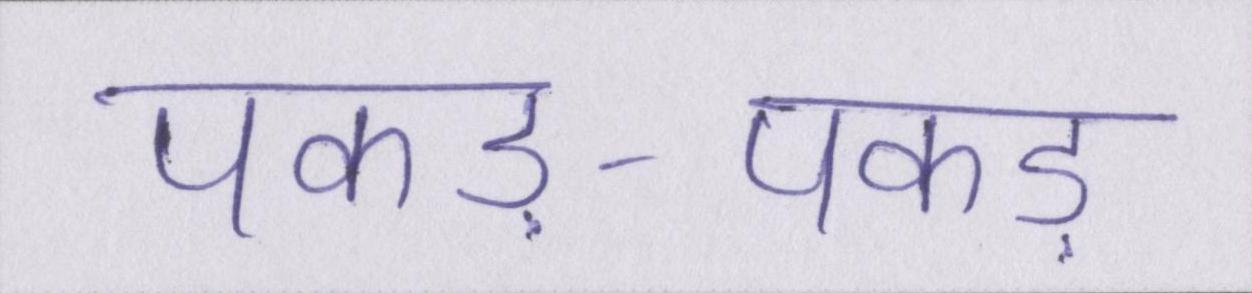
पकड़-पकड़